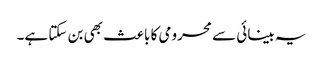
یہ بینائی سے محرومی کا باعث بھی بن سکتا ہے۔